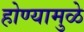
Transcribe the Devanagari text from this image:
होण्यामुळे